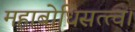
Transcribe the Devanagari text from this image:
महाबोधिसत्त्व।